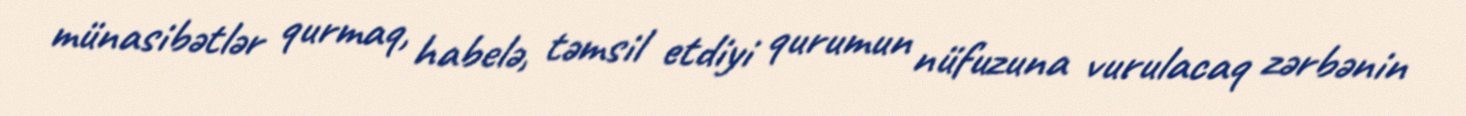
münasibətlər qurmaq, habelə, təmsil etdiyi qurumun nüfuzuna vurulacaq zərbənin